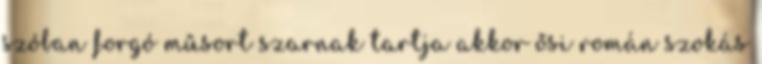
szóban forgó műsort szarnak tartja akkor ősi román szokás